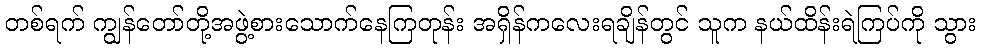
တစ်ရက် ကျွန်တော်တို့အဖွဲ့စားသောက်နေကြတုန်း အရှိန်ကလေးရချိန်တွင် သူက နယ်ထိန်းရဲကြပ်ကို သွား